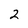
Character: 2